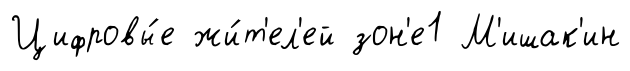
Цифровы́е жи́т'ел'ей зон'е1 М'ишак'ин